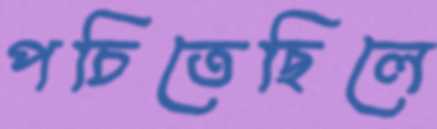
পচিতেছিলে